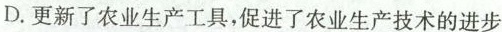
D.更新了农业生产工具，促进了农业生产技术的进步